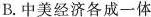
B.中美经济各成一体